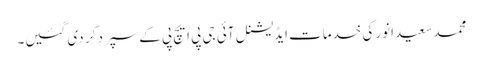
محمدسعیدانورکی خدمات ایڈیشنل آئی جی پی ایچ پی کےسپرد کر دی گئیں۔